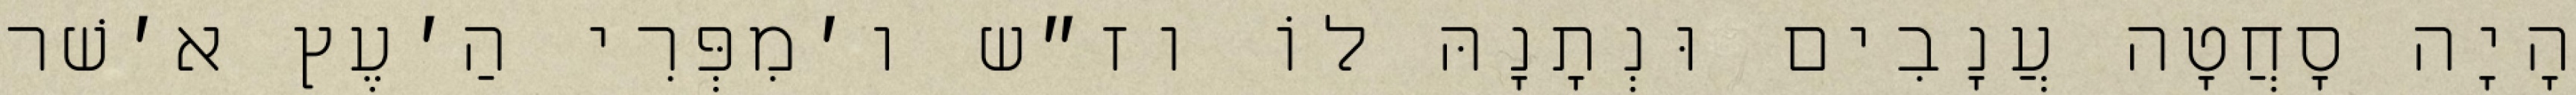
הָיָה סָחֲטָה עֲנָבִים וּנְתָנָהּ לוֹ וז״ש ו׳מִפְּרִי הַ׳עֶץ א׳שׁר